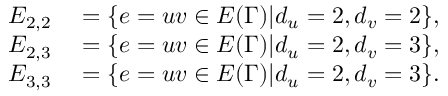
\begin{array} { r l } { E _ { 2 , 2 } } & { { } = \{ e = u v \in E ( \Gamma ) | d _ { u } = 2 , d _ { v } = 2 \} , } \\ { E _ { 2 , 3 } } & { { } = \{ e = u v \in E ( \Gamma ) | d _ { u } = 2 , d _ { v } = 3 \} , } \\ { E _ { 3 , 3 } } & { { } = \{ e = u v \in E ( \Gamma ) | d _ { u } = 2 , d _ { v } = 3 \} . } \end{array}